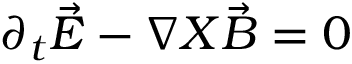
{ \partial } _ { t } \vec { E } - { \nabla } X \vec { B } = 0